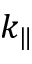
k _ { \| }